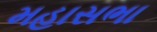
મહાસભા